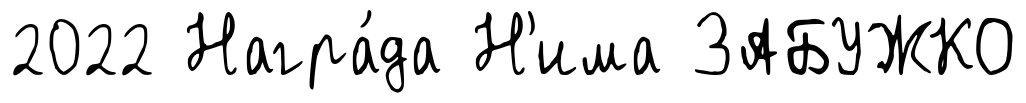
2022 Награ́да Н'има ЗАБУЖКО